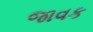
જાવક